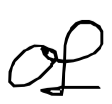
Text: of
Cross-out: clean
Writing tool: digital_black